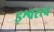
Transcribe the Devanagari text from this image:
इश्वरत्व